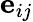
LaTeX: \mathbf{e}_{ij}